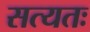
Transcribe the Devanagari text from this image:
सत्यतः